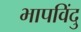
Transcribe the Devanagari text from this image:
भापविंदु